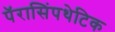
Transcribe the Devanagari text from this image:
पॅरासिंपथेटिक